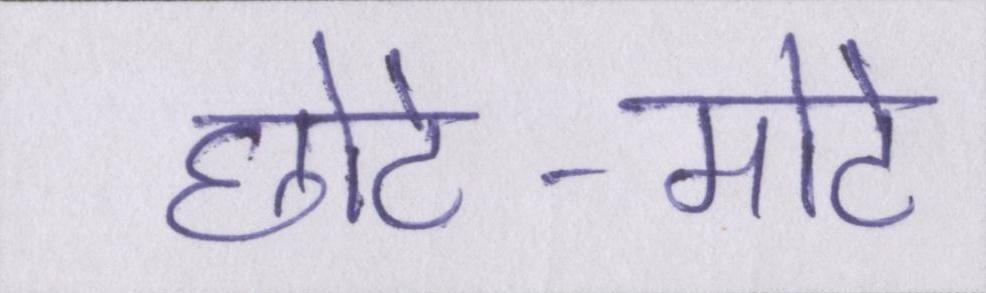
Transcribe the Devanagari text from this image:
छोटे-मोटे